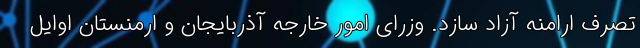
تصرف ارامنه آزاد سازد. وزرای امور خارجه آذربایجان و ارمنستان اوایل